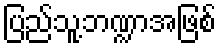
ပြည်သူ့ဘဏ္ဍာအဖြစ်